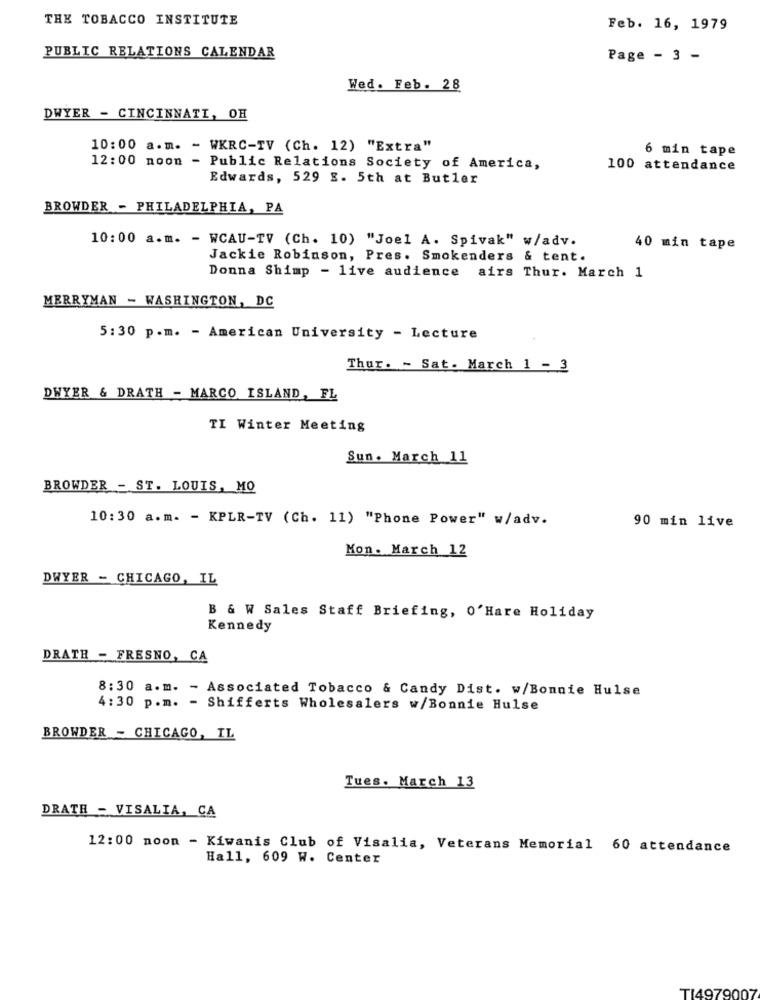
THE TOBACCO INSTITUTE
Feb. 16, 1979
PUBLIC RELATIONS CALENDAR
Page - 3 -
Wed. Feb. 28
DWYER - CINCINNATI, OH
10:00 a.m. - WKRC-TV (Ch. 12) "Extra"
6 min tape
12:00 noon - Public Relations Society of America,
100 attendance
Edwards, 529 E. 5th at Butler
BROWDER - PHILADELPHIA, PA
10:00 a.m. - WCAU-TV (Ch. 10) "Joel A. Spivak" w/adv.
40 min tape
Jackie Robinson, Pres. Smokenders & tent.
Donna Shimp - live audience airs Thur. March 1
MERRYMAN - WASHINGTON, DC
5:30 p.m. - American University - Lecture
Thur. - Sat. March 1 - 3
DWYER & DRATH - MARCO ISLAND, FL
TI Winter Meeting
Sun. March 11
BROWDER - ST. LOUIS, MO
10:30 a.m. - KPLR-TV (Ch. 11) "Phone Power" w/adv.
90 min live
Mon. March 12
DWYER - CHICAGO, IL
B & W Sales Staff Briefing, O'Hare Holiday
Kennedy
DRATH - FRESNO, CA
8:30 a.m. - Associated Tobacco & Candy Dist. w/Bonnie Hulse
4:30 p.m. - Shifferts Wholesalers w/Bonnie Hulse
BROWDER - CHICAGO, IL
Tues. March 13
DRATH - VISALIA, CA
12:00 noon - Kiwanis Club of Visalia, Veterans Memorial 60 attendance
Hall, 609 W. Center
TI4979007